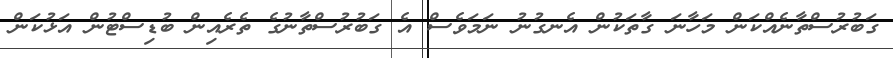
ގަބުރުސްތާނެއްކަން މަހާނަ ގާތަކުން އެނގުނު ނަމަވެސް އެ ގަބުރުސްތާނުގެ ތެރެއިން ބުޑިސްޓުން އަޅުކަން